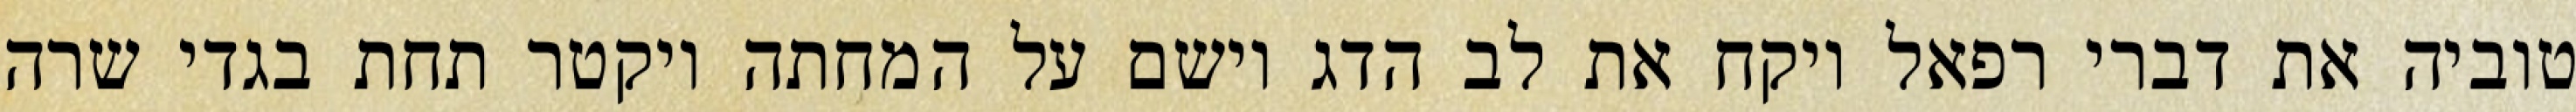
טוביה את דברי רפאל ויקח את לב הדג וישם על המחתה ויקטר תחת בגדי שרה